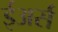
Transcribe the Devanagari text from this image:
ईअर्स